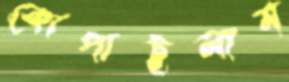
কোপাইলাম